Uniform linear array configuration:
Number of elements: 8
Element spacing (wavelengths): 0.5
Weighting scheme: binomial
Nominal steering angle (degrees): -15
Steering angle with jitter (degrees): -16.108
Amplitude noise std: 0.05
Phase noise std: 0.05

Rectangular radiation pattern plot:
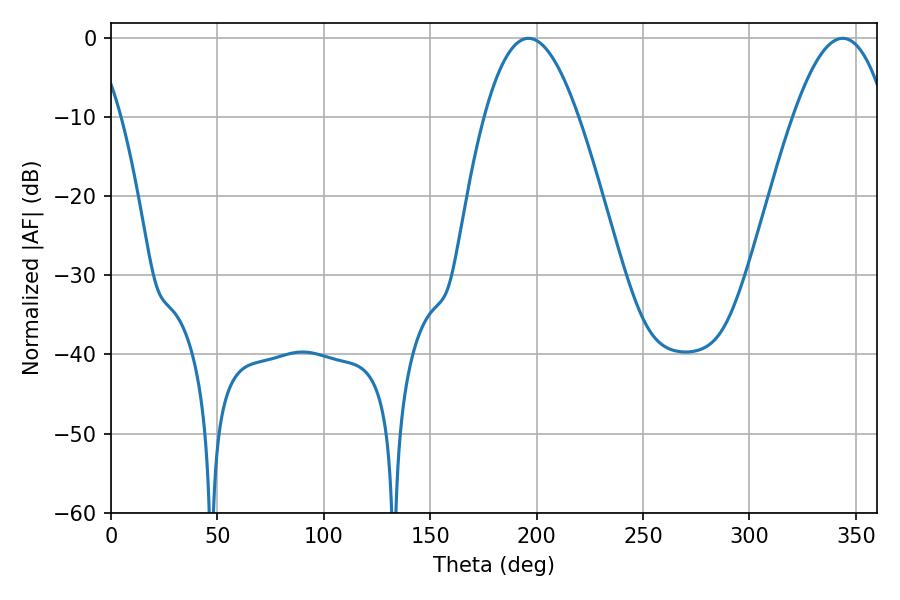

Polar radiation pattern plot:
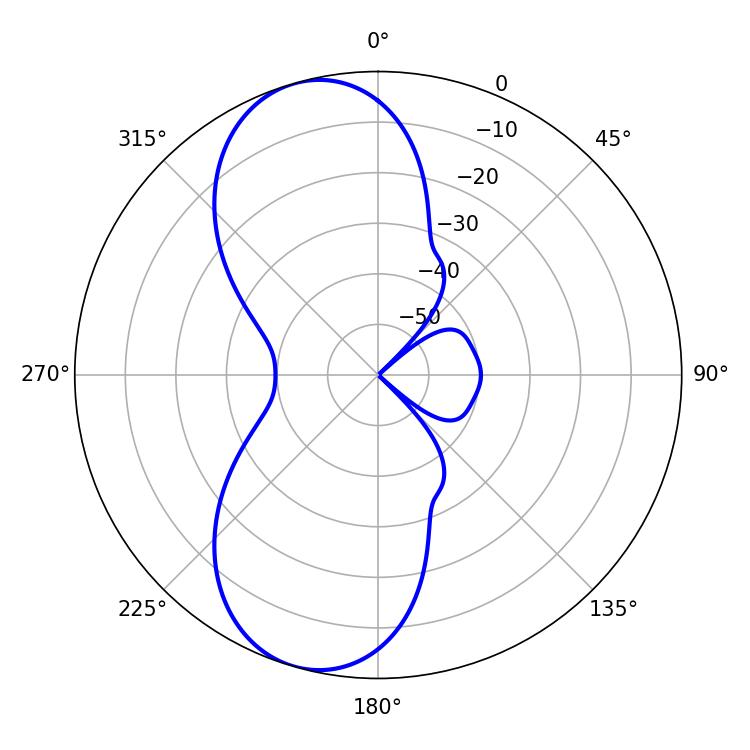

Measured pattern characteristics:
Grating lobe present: FALSE
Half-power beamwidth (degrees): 24.12
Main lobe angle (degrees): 196.2